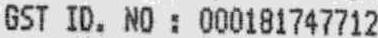
GST ID. NO : 000181747712